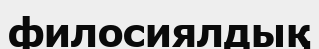
филосиялдық